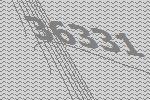
36331